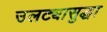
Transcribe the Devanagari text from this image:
उलट्यासुद्धा